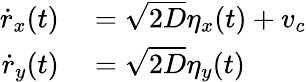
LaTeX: \begin{array}{rl}{\dot{r}_{x}(t)}&{{}=\sqrt{2D}\eta_{x}(t)+v_{c}}\\ {\dot{r}_{y}(t)}&{{}=\sqrt{2D}\eta_{y}(t)}\end{array}